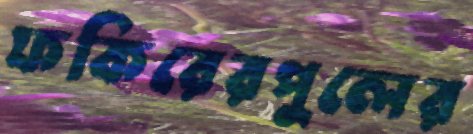
ফকিরেরপুলের